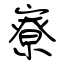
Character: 寮